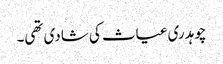
چوہدری غیاث کی شادی تھی۔